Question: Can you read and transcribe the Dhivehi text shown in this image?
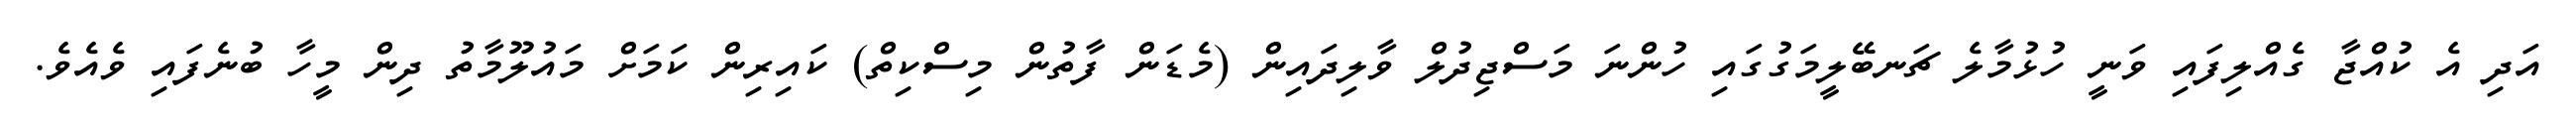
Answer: އަދި އެ ކުއްޖާ ގެއްލިފައި ވަނީ ހުޅުމާލެ ޗަނބޭލީމަގުގައި ހުންނަ މަސްޖިދުލް ވާލިދައިން (މެޑަން ފާތުން މިސްކިތް) ކައިރިން ކަމަށް މައުލޫމާތު ދިން މީހާ ބުނެފައި ވެއެވެ.